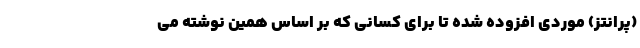
(پرانتز) موردی افزوده شده تا برای کسانی که بر اساس همین نوشته می